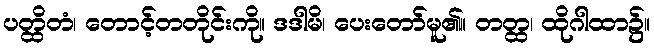
ပတ္ထိတံ၊ တောင့်တတိုင်းကို။ ဒဒါမိ၊ ပေးတော်မူ၏။ တတ္ထ၊ ထိုဂါထာ၌။